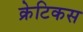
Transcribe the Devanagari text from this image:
क्रेटिकस